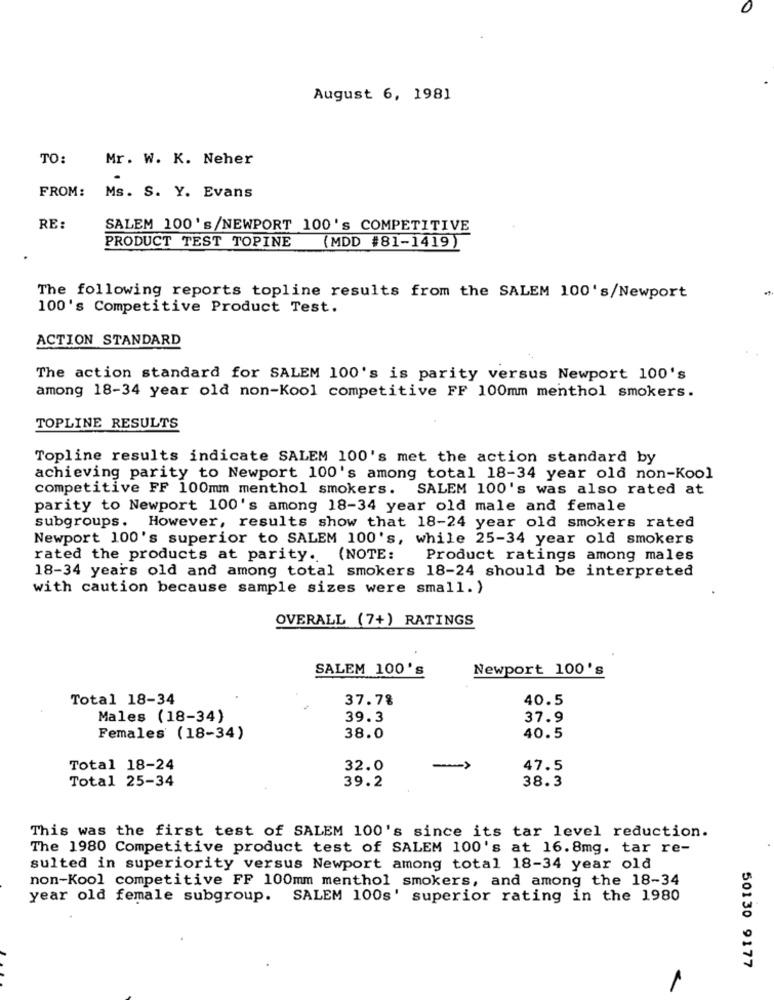
0
August 6, 1981
TO:
Mr. W. K. Neher
FROM:
Ms. S. Y. Evans
RE:
SALEM 100's/NEWPORT 100's COMPETITIVE
PRODUCT TEST TOPINE (MDD #81-1419)
The following reports topline results from the SALEM 100's/Newport
100's Competitive Product Test.
ACTION STANDARD
The action standard for SALEM 100's is parity versus Newport 100's
among 18-34 year old non-Kool competitive FF 100mm menthol smokers.
TOPLINE RESULTS
Topline results indicate SALEM 100's met the action standard by
achieving parity to Newport 100's among total 18-34 year old non-Kool
competitive FF 100mm menthol smokers.
SALEM 100's was also rated at
parity to Newport 100's among 18-34 year old male and female
subgroups. However, results show that 18-24 year old smokers rated
Newport 100's superior to SALEM 100's, while 25-34 year old smokers
rated the products at parity. (NOTE:
Product ratings among males
18-34 years old and among total smokers 18-24 should be interpreted
with caution because sample sizes were small. )
OVERALL (7+) RATINGS
SALEM 100's
Newport 100's
Total 18-34
37.7%
40.5
Males (18-34)
39.3
37.9
Females (18-34)
38.0
40.5
Total 18-24
32.0
47.5
Total 25-34
38.3
39.2
This was the first test of SALEM 100's since its tar level reduction.
The 1980 Competitive product test of SALEM 100's at 16.8mg. tar re-
sulted in superiority versus Newport among total 18-34 year old
non-Kool competitive FF 100mm menthol smokers, and among the 18-34
year old female subgroup. SALEM 100s' superior rating in the 1980
50130 9177